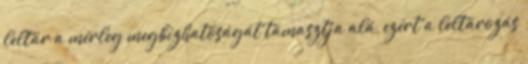
leltár a mérleg megbízhatóságát támasztja alá, ezért a leltározás